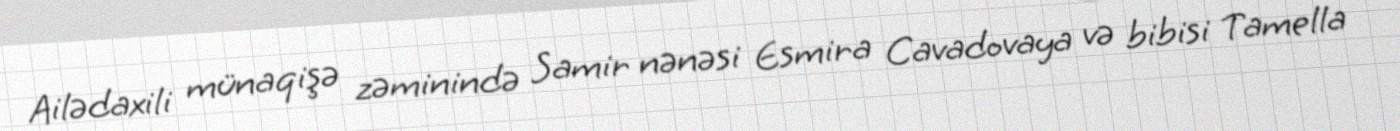
Ailədaxili münaqişə zəminində Samir nənəsi Esmira Cavadovaya və bibisi Tamella